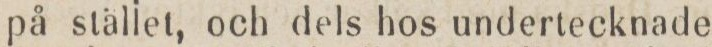
på stället, och dels hos undertecknade